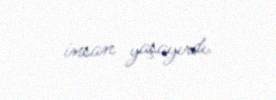
insan yaşayırdı.